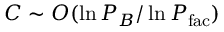
C \sim { \cal O } ( \ln P _ { B } / \ln P _ { \mathrm { f a c } } )